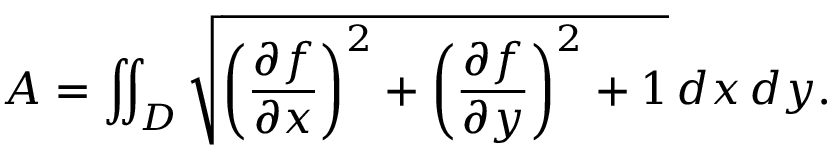
A = \iint _ { D } { \sqrt { \left( { \frac { \partial f } { \partial x } } \right) ^ { 2 } + \left( { \frac { \partial f } { \partial y } } \right) ^ { 2 } + 1 } } \, d x \, d y .